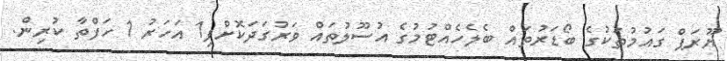
ޔޫރަޕް ގައުމުތަކުގެ ބޯޑަރުތައް ބެލެހެއްޓުމުގެ އުސޫލުތައް ވަރުގަދަކޮށްފި1 އަހަރު 1 ހަފްތާ ކުރިން.